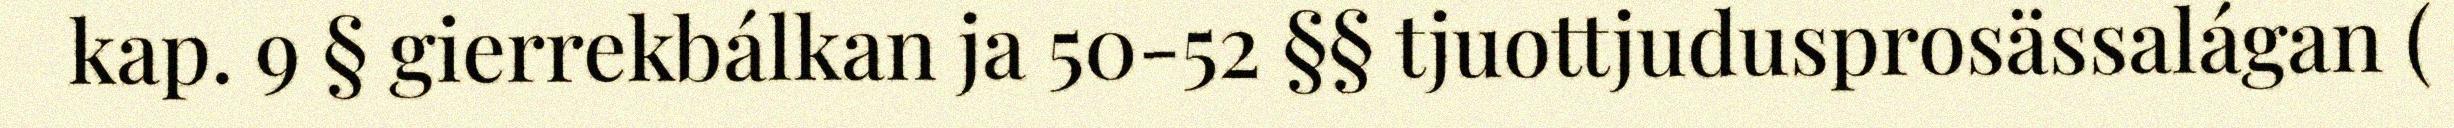
kap. 9 § gierrekbálkan ja 50-52 §§ tjuottjudusprosässalágan (